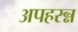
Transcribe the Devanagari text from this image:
अपहरन्न